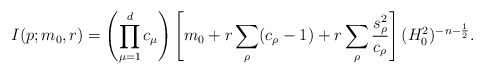
\begin{align*}I(p;m_0,r)=\left(\prod_{\mu=1}^{d}c_\mu \right)\left[m_0+r\sum_\rho (c_\rho -1) +r\sum_\rho \frac{s_\rho^2}{c_\rho} \right](H_0^2)^{-n-\frac{1}{2}} .\end{align*}